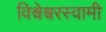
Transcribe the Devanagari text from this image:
विश्वेश्वरस्वामी